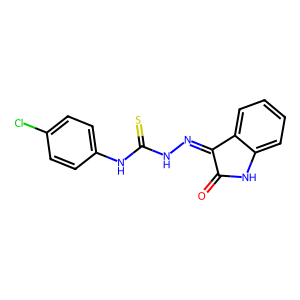
SMILES: O=C1Nc2ccccc2C1=NNC(=S)Nc1ccc(Cl)cc1
Inhibits HIV replication: No